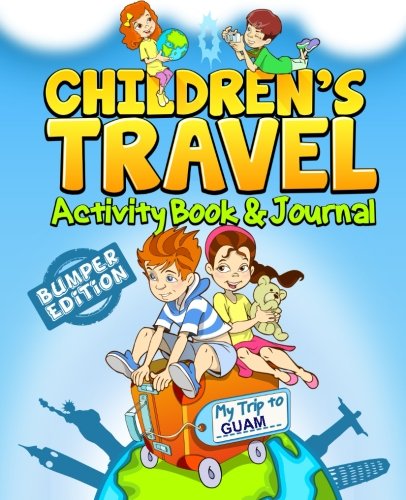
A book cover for Children's Travel Activity Book & Journal: My Trip to Guam; TravelJournalBooks; Travel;